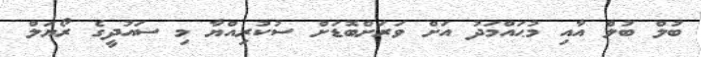
ބުލް ބުލް އާއި މުޙައްމަދު އަށް ވަރަށްބޮޑަށް ސުކުރިއްޔާ މި ސައުދީގެ ރޯޔަލް